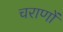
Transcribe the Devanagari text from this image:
चराणों